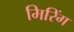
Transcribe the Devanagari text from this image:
मिरिंग